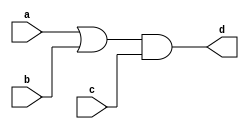
module blocking_error (input a , input b , input  c, output reg d); 
reg x;
always @ (*)
begin
	d = x & c;
	x = a | b;
end
endmodule